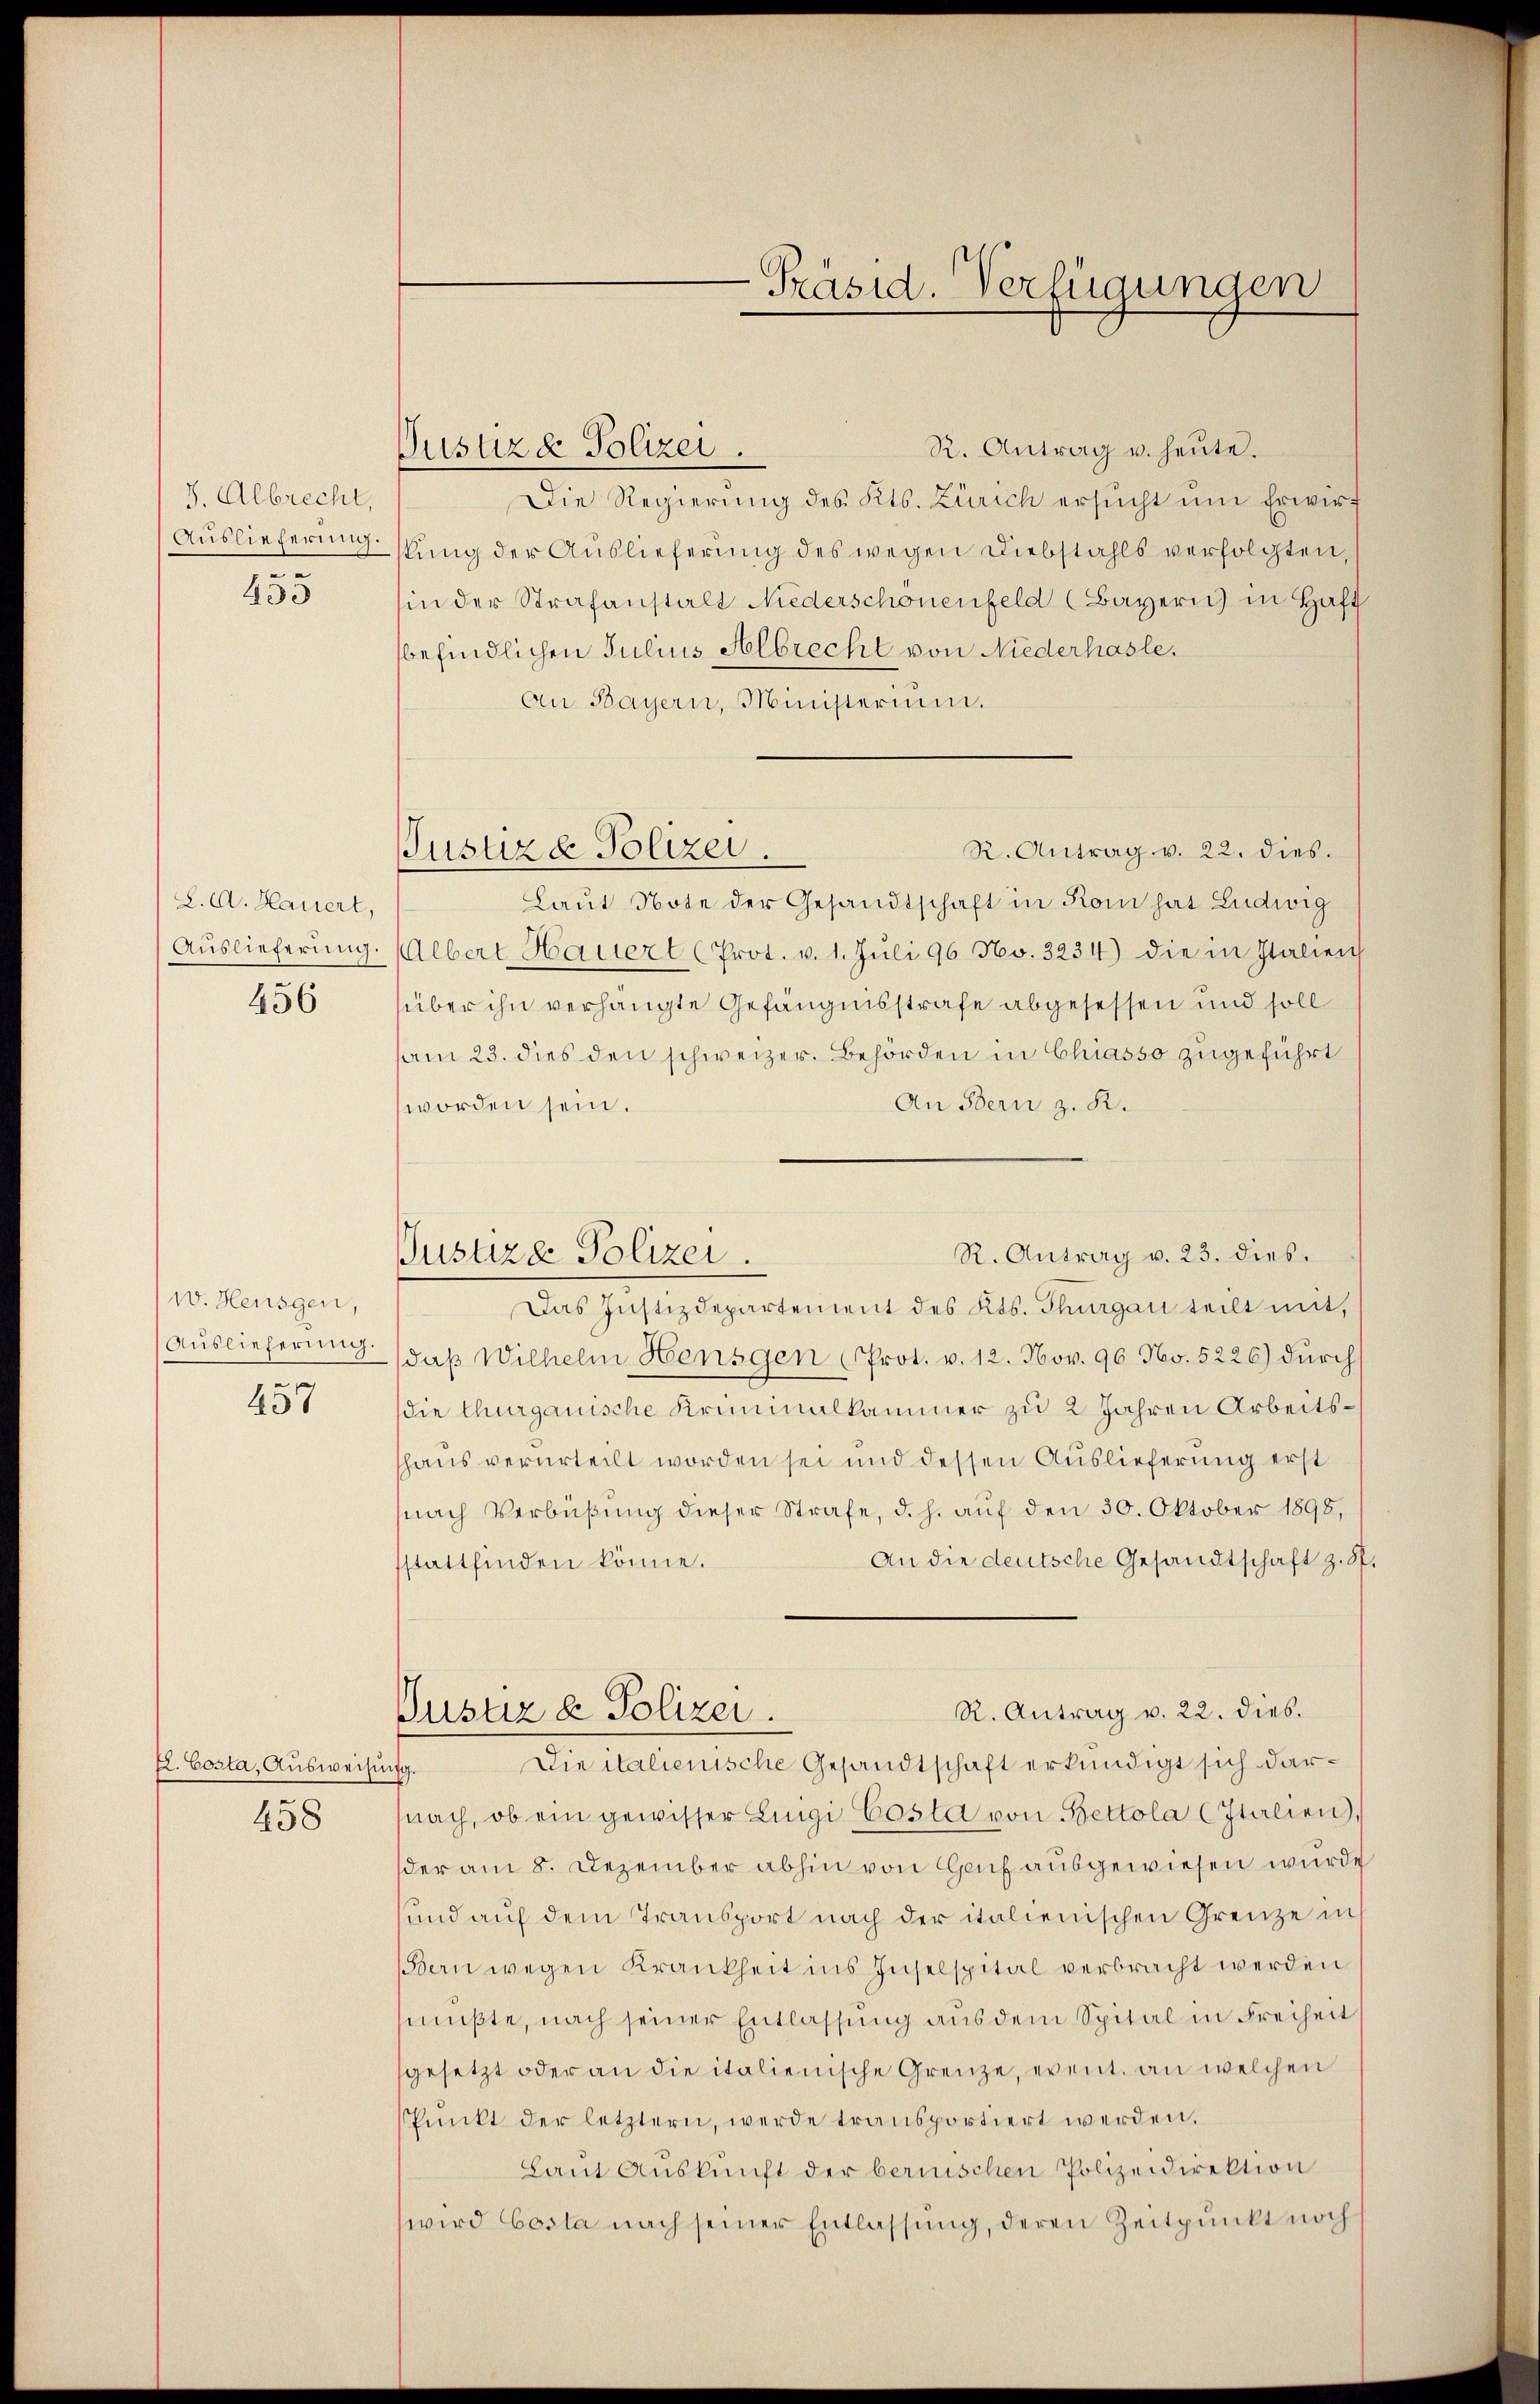
S. Albrecht,
Auslieferung.
e
453

8. d. Hauert,
Auslieferung.
456

W. Heusgen,
Auslieferung.
457

El. Costa, Ausweisun
458

Justizd Polizei.

R. Antrag u. heute.
Die Regierung des Kts. Zürich ersŭcht ŭm Erwirf
stung der Auslieferung des wegen Diebstahls verfolgten,
hin der Strafanstalt Niederschonenfeld (Bayern) in Haft
befindlichen Julius Albrecht von Niederhasle,
An Bayern, Ministerium.
R. Antrag v. 22. dies.
Laut Note der Gesandtschaft in Rom hat Ludwig
Albert Hauert (Prot. v. 1. Jŭli 96 No. 3234) die in Italien
über ihn verhängte Gefängnisstrafe abgesessen und soll
am 23. dies den schweizer. Behörden in Chiasso zugeführt
An Bern z. R.
worden sein.
Das Justizdepartement des Kts. Thurgau teilt mit,
daß Wilhelm Hensgen (Prot. v. 12. Nov. 96. No. 5226) durchs
die thurgauische Kriminalkammer zu 2 Jahren Arbeitshaus verurteilt worden sei und dessen Auslieferung erst
nach Verbüßung dieser Strafe, d. h. auf den 30. Oktober 1898,
An die deutsche Gesandtschaft z. 8.
sstattfinden könne.
R. Antrag v. 22. dies.
Pustiz & Polizei.
Die italienische Gesandtschaft erkundigt sich dars
nach, ob ein gewisser Luigi Costa von Bettola (Italien),
der am 8. Dezember abhin von Genf ausgewiesen wurde
und auf dem Transport nach der italienischen Grenze ins
Bern wegen Krankheit ins Inselspital verbracht werden
mußte, nach seiner Entlassung aus dem Spital in Freiheit
gesetzt oder an die italienische Grenze, event. an welchen
sPunkt der letztern, werde transportiert werden.
Laŭt Auskunft der bernischen Polizeidirektion
wird Costa nach seiner Entlassung, deren Zeitpunkt noch

Justiz & Polizei.

Präsid. Verfügungen

R. Antrag v. 23. dies.
Justize Polizei.